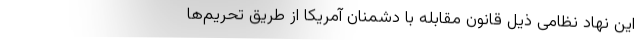
این نهاد نظامی ذیل قانون مقابله با دشمنان آمریکا از طریق تحریم‌ها